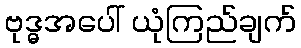
ဗုဒ္ဓအပေါ် ယုံကြည်ချက်